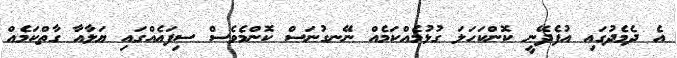
އެ ދެމެދުގައި އުފެދޭނީ ކޮންކަހަލަ ގުޅުމެއްކަމެއް ނޭނގުނަސް ކޮންމެވެސް ސިފައެއްގައި ޔަލާއާ ގާތްކަމެއް